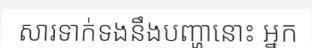
សារទាក់ទងនឹងបញ្ហានោះ អ្នក